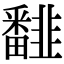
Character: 𩐏